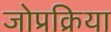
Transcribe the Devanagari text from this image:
जोप्रक्रिया